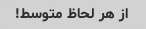
از هر لحاظ متوسط!